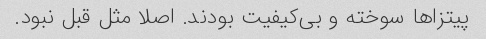
پیتزاها سوخته و بی‌کیفیت بودند. اصلا مثل قبل نبود.